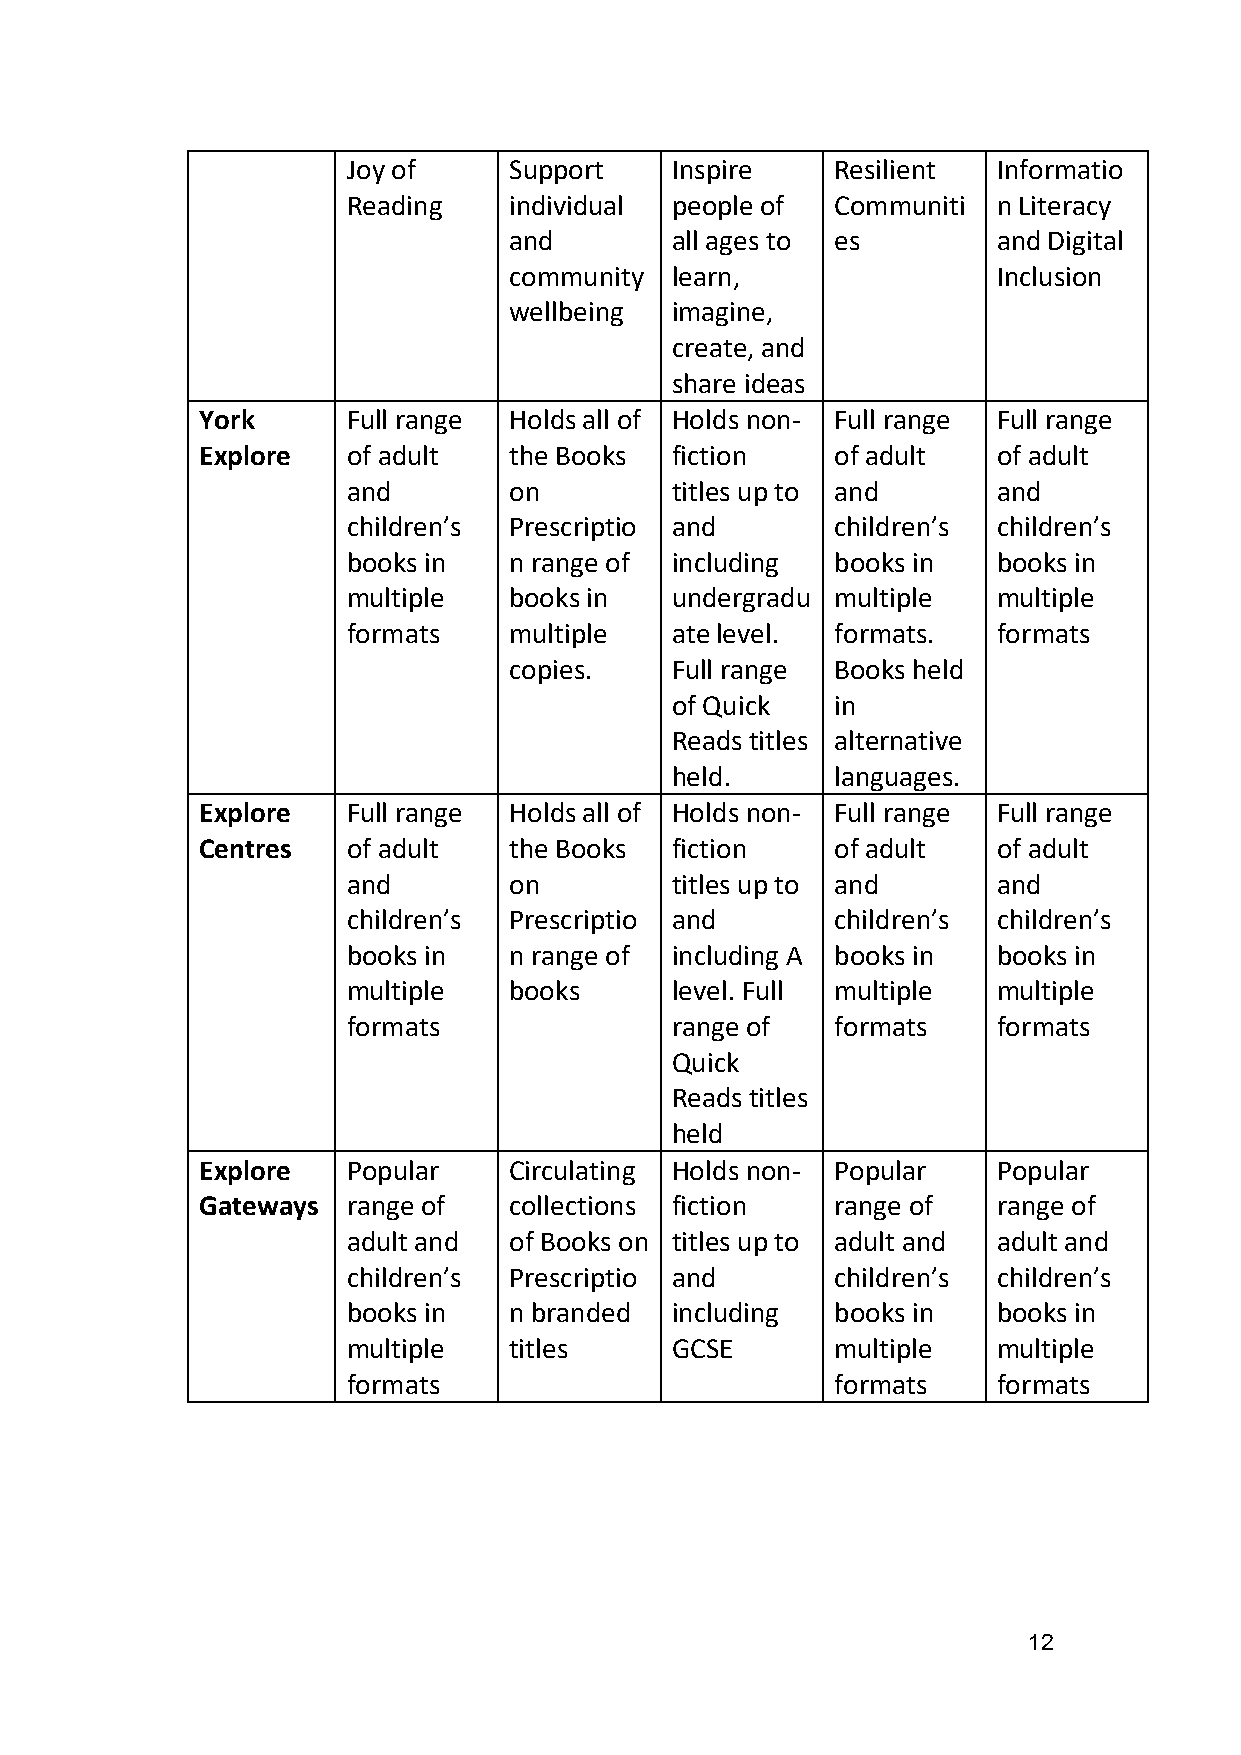
Joy of     Support   Inspire    Resilient  Informatio
 Reading    individual people of Communiti  n Literacy
 and       all ages to es        and Digital
 community learn,                Inclusion
 wellbeing imagine,
 create, and
 share ideas
 York      Full range Holds all of Holds non- Full range Full range
 Explore   of adult   the Books fiction    of adult   of adult
 and        on        titles up to and      and
 children’s Prescriptio and      children’s children’s
 books in   n range of including books in   books in
 multiple   books in  undergradu multiple   multiple
 formats    multiple  ate level. formats.   formats
 copies.   Full range Books held
 of Quick   in
 Reads titles alternative
 held.      languages.
 Explore   Full range Holds all of Holds non- Full range Full range
 Centres   of adult   the Books fiction    of adult   of adult
 and        on        titles up to and      and
 children’s Prescriptio and      children’s children’s
 books in   n range of including A books in books in
 multiple   books     level. Full multiple  multiple
 formats              range of   formats    formats
 Quick
 Reads titles
 held
 Explore   Popular    Circulating Holds non- Popular  Popular
 Gateways  range of   collections fiction  range of   range of
 adult and  of Books on titles up to adult and adult and
 children’s Prescriptio and      children’s children’s
 books in   n branded including  books in   books in
 multiple   titles    GCSE       multiple   multiple
 formats                         formats    formats
 12